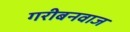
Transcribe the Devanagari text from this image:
गरीबनवाज